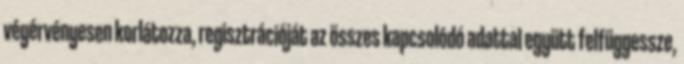
végérvényesen korlátozza, regisztrációját az összes kapcsolódó adattal együtt felfüggessze,